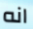
انه